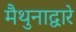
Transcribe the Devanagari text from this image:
मैथुनाद्वारे